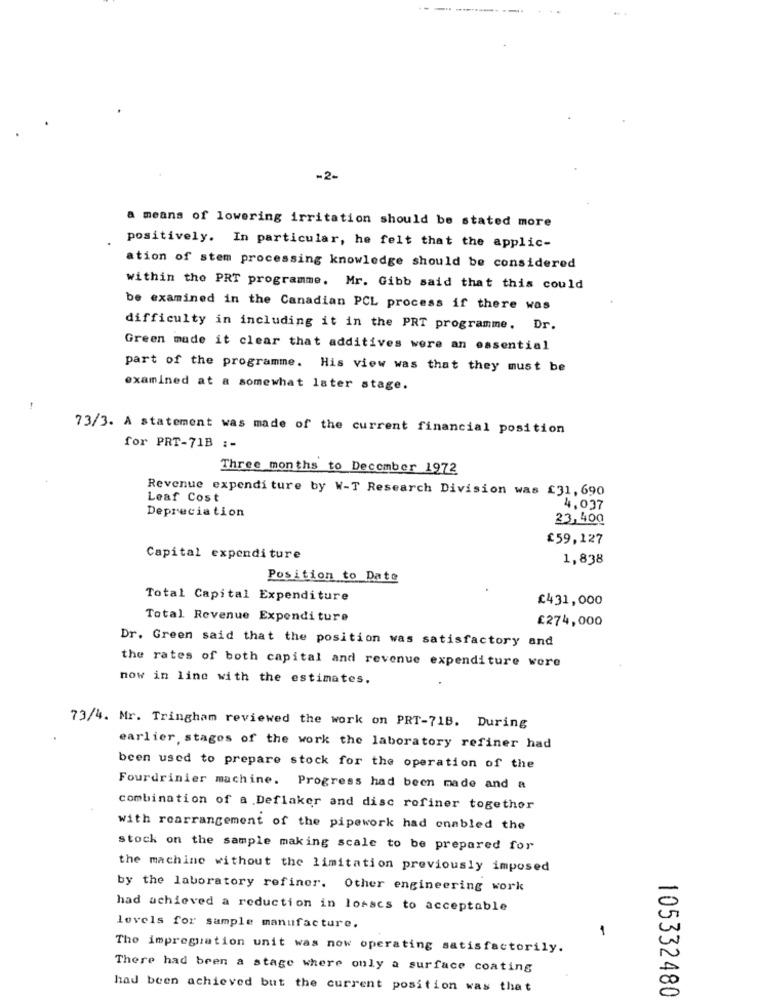
-2-
a means of lowering irritation should be stated more
positively. In particular, he felt that the applic-
ation of stem processing knowledge should be considered
within the PRT programme. Mr. Gibb said that this could
be examined in the Canadian PCL process if there was
difficulty in including it in the PRT programme. Dr.
Green made it clear that additives were an essential
part of the programme. His view was that they must be
examined at a somewhat later stage.
-
73/3. A statement was made of the current financial position
for PRT-71B :-
Three months to December 1972
Revenue expenditure by W-T Research Division was £31, 690
Leaf Cost
Depreciation
4,037
23,400
£59,127
Capital expenditure
1,838
Position to Date
Total Capital Expenditure
£431,000
Total Revenue Expenditure
£274,000
Dr. Green said that the position was satisfactory and
the rates of both capital and revenue expenditure wore
now in line with the estimates.
73/4. Mr. Tringham reviewed the work on PRT-71B. During
earlier, stages of the work the laboratory refiner had
been used to prepare stock for the operation of the
Fourdrinier machine. Progress had been made and a
combination of a Deflaker and disc rofiner together
with roarrangement of the pipework had enabled the
stock on the sample making scale to be prepared for
the machine without the limitation previously imposed
by the laboratory refiner. Other engineering work
had achieved a reduction in losscs to acceptable
levels for sample manufacture.
The impregnation unit was now operating satisfactorily.
There had been a stage where only a surface coating
had been achieved but the current position was that
105332480